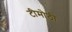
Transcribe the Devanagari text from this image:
टीमोठी